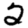
Digit: 2